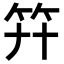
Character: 𥫲